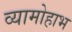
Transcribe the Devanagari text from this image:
व्यामोहाभ